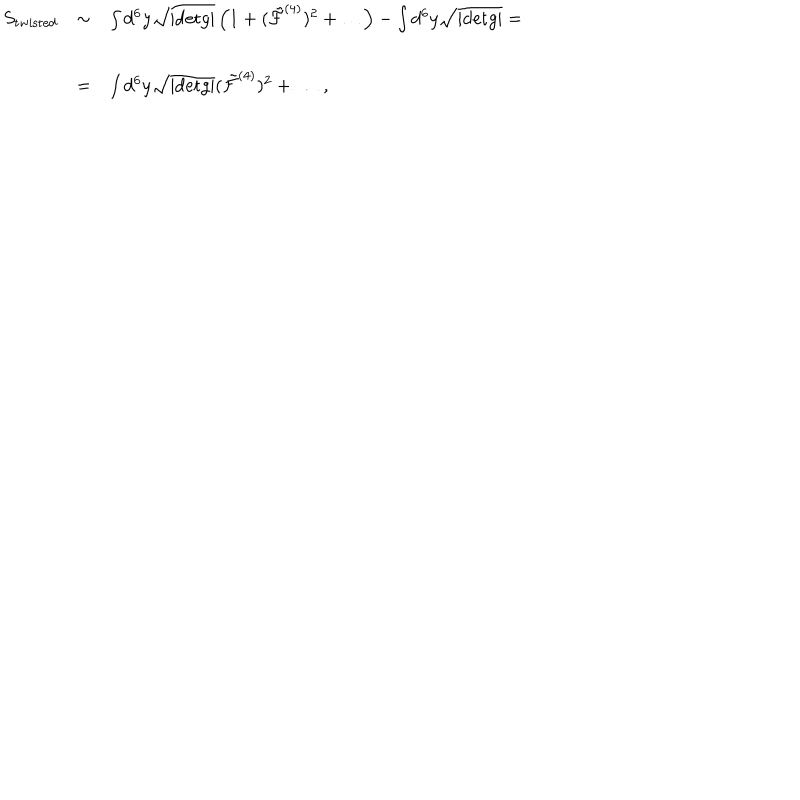
LaTeX: \begin{array} { r c l } { { S _ { \mathrm { t w i s t e d } } } } & { { \sim } } & { { \int d ^ { 6 } y \sqrt { | \mathrm { d e t } g | } \left( 1 + ( { \tilde { \cal F } } ^ { ( 4 ) } ) ^ { 2 } + \dots \right) - \int d ^ { 6 } y \sqrt { | \mathrm { d e t } g | } = } } \\ { { } } & { { } } & { { } } \\ { { } } & { { = } } & { { \int d ^ { 6 } y \sqrt { | \mathrm { d e t } g | } ( { \tilde { \cal F } } ^ { ( 4 ) } ) ^ { 2 } + \dots \, , } } \\ \end{array}